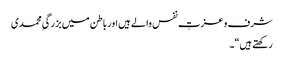
شرف و عزتِ نفس والے ہیں اور باطن میں بزرگیِ محمدی
رکھتے ہیں“۔